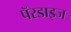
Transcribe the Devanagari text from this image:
पॅरडाइज